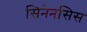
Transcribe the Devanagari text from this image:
सिनेनसिस